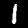
Digit: 1